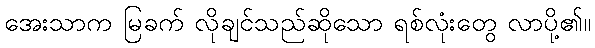
အေးသာက မြခက် လိုချင်သည်ဆိုသော ရစ်လုံးတွေ လာပို့၏။